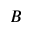
B